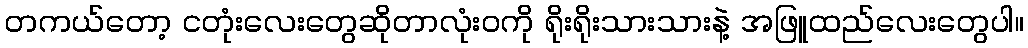
တကယ်တော့ ငတုံးလေးတွေဆိုတာလုံးဝကို ရိုးရိုးသားသားနဲ့ အဖြူထည်လေးတွေပါ။